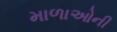
માળાઓની